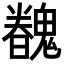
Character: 𩴏